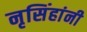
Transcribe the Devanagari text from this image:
नृसिंहांनी